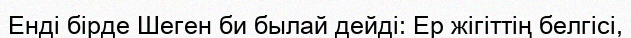
Енді бірде Шеген би былай дейді: Ер жігіттің белгісі,